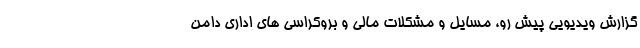
گزارش ویدیویی پیش رو، مسایل و مشکلات مالی و بروکراسی های اداری دامن